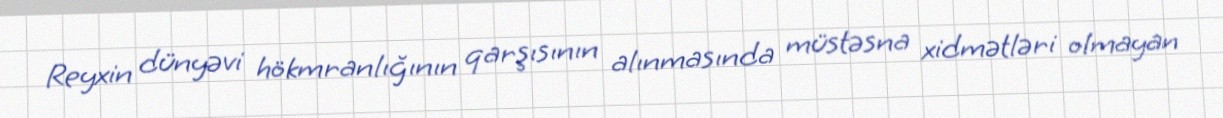
Reyxin dünyəvi hökmranlığının qarşısının alınmasında müstəsna xidmətləri olmayan